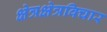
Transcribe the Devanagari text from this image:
क्षेत्रक्षेत्रविचार